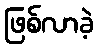
ဖြစ်လာခဲ့